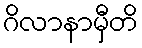
ဂိလာနာမှီတိ